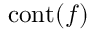
\operatorname { c o n t } ( f )